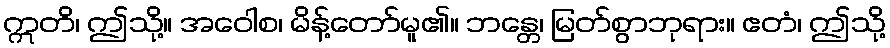
ဣတိ၊ ဤသို့။ အဝေါစ၊ မိန့်တော်မူ၏။ ဘန္တေ၊ မြတ်စွာဘုရား။ ဧတံ၊ ဤသို့